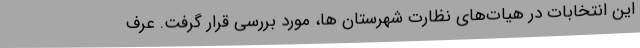
این انتخابات در هیات‌های نظارت شهرستان ها، مورد بررسی قرار گرفت. عرف